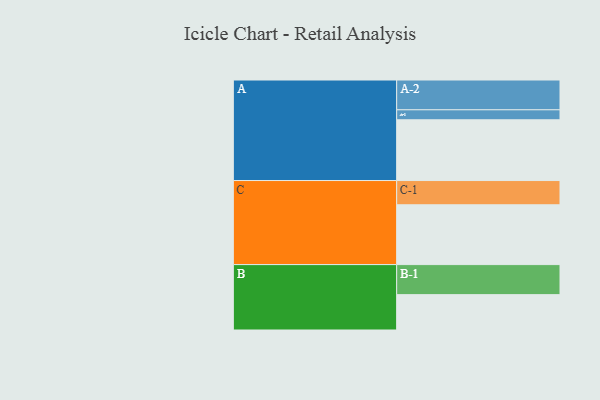
{"axis": {"x": "Segment", "y": "Value"}, "legend": ["", "A", "B", "C"], "data": [{"x": "A", "y": 524, "type": ""}, {"x": "B", "y": 305, "type": ""}, {"x": "C", "y": 516, "type": ""}, {"x": "A-1", "y": 86, "type": "A"}, {"x": "A-2", "y": 257, "type": "A"}, {"x": "B-1", "y": 259, "type": "B"}, {"x": "C-1", "y": 209, "type": "C"}]}